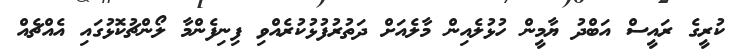
ކުރީގެ ރައީސް އަބްދު ޔާމީން ހުޅުލެއިން މާލެއަށް ދަތުރުފުޅުކުރެއްވި ފިނިފެންމާ ލޯންޗުކޮޅުގައި އެއްޗެއް